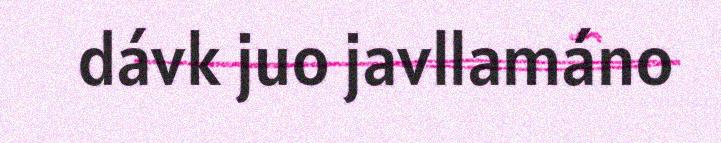
dávk juo javllamáno